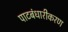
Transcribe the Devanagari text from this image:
पाटबंधारीकरण